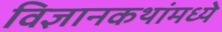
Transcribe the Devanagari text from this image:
विज्ञानकथांमध्ये